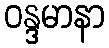
ဝန္ဒမာနာ